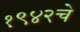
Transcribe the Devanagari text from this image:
१९४२चे